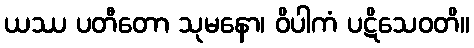
ယဿ ပတီတော သုမနော၊ ဝိပါကံ ပဋိသေဝတိ။